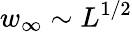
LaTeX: w_{\infty}\sim L^{1/2}